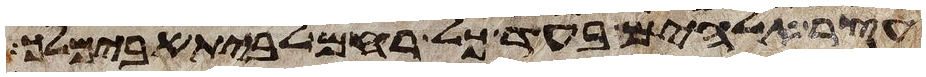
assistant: עצר אלהים בעד כל רחם לבית אבימלך